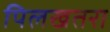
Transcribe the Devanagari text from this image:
पिलखतरा